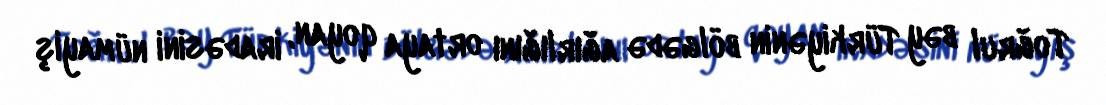
Toğrul bəy Türkiyənin bölgədə ağırlığını ortaya qoyan, iradəsini nümayiş